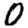
Digit: 0